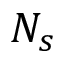
N _ { s }